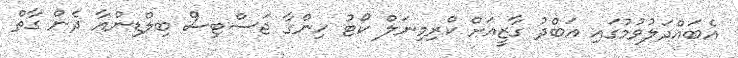
އެބައްދަލުވުމުގައި އަބްދު ގާޒީއަށް ކްރިމިނަލް ކޯޓު ހިންގާ ޖަސްޓިސް ބިލްޑިންއާ ދެން ގާތް